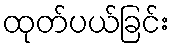
ထုတ်ပယ်ခြင်း